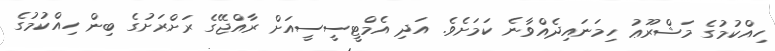
ހިއްކުމުގެ މަޝްރޫޢު ހިމަނައިދެއްވާނެ ކަމަށެވެ. އަދި އެމްޓީސީސީއަށް ރާއްޖޭގެ ރަށްރަށުގެ ބިން ހިއްކުމުގެ